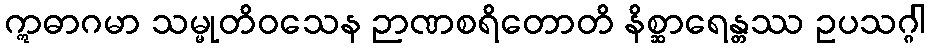
ဣဓာဂမာ သမ္မုတိဝသေန ဉာဏစရိတောတိ နိစ္ဆာရေန္တဿ ဥပသဂ္ဂါ